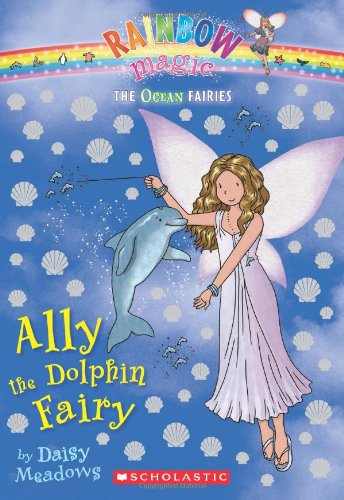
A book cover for Ocean Fairies #1: Ally the Dolphin Fairy: A Rainbow Magic Book; Daisy Meadows; Children's Books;